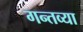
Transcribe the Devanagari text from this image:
गन्तव्या